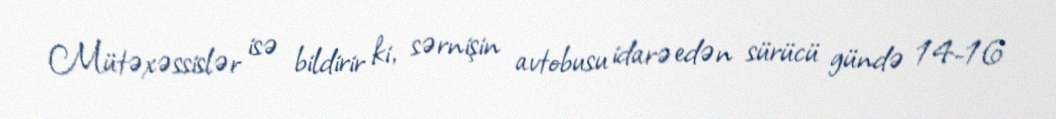
Mütəxəssislər isə bildirir ki, sərnişin avtobusu idarə edən sürücü gündə 14-16